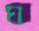
ঘ